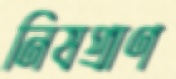
নিষপ্রাণ